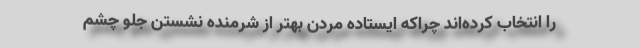
را انتخاب کرده‌اند چراکه ایستاده مردن بهتر از شرمنده نشستن جلو چشم